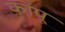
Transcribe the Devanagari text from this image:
कांपू